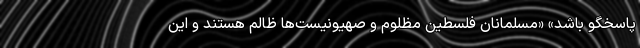
پاسخگو باشد» «مسلمانان فلسطین مظلوم و صهیونیست‌ها ظالم هستند و این